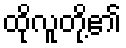
ထိုလူတို့၏